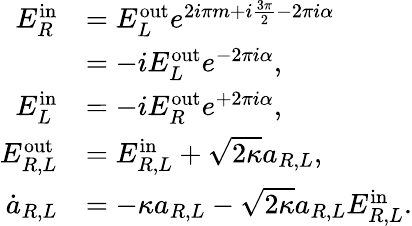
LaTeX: \begin{array}{rl}{E_{R}^{\mathrm{in}}}&{=E_{L}^{\mathrm{out}}e^{2i\pi m+i\frac{3\pi}{2}-2\pi i\alpha}}\\ &{=-iE_{L}^{\mathrm{out}}e^{-2\pi i\alpha},}\\ {E_{L}^{\mathrm{in}}}&{=-iE_{R}^{\mathrm{out}}e^{+2\pi i\alpha},}\\ {E_{R,L}^{\mathrm{out}}}&{=E_{R,L}^{\mathrm{{in}}}+\sqrt{2\kappa}a_{R,L},}\\ {\dot{a}_{R,L}}&{=-\kappa a_{R,L}-\sqrt{2\kappa}a_{R,L}E_{R,L}^{\mathrm{in}}.}\end{array}